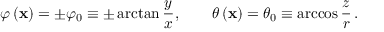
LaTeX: \varphi \left( { \bf x } \right) = \pm \varphi _ { 0 } \equiv \pm \arctan \frac { y } { x } , \qquad \theta \left( { \bf x } \right) = \theta _ { 0 } \equiv \operatorname { a r c c o s } \frac { z } { r } \, .